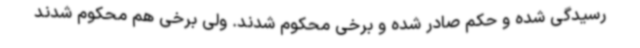
رسیدگی شده و حکم صادر شده و برخی محکوم شدند. ولی برخی هم محکوم شدند